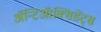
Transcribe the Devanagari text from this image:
ॲन्टिऑक्सिडेंट्स